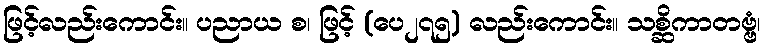
ဖြင့်လည်းကောင်း။ ပညာယ စ၊ ဖြင့် (ပေ၂၇၅) လည်းကောင်း။ သစ္ဆိကာတဗ္ဗံ၊